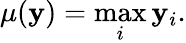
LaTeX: \mu(\mathbf{y})=\operatorname*{max}_{i}\mathbf{y}_{i}.